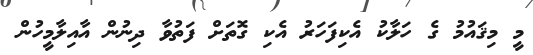
މީ މިޤައުމު ގެ ހަލާކު އެކިފަހަރު އެކި ގޮތަށް ފަތުވާ ދިނުން އާއިލާމީހުން